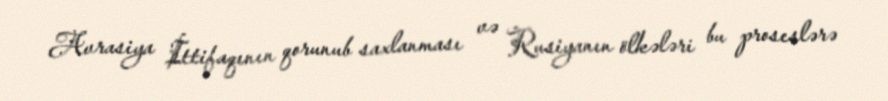
Avrasiya İttifaqının qorunub saxlanması və Rusiyanın ölkələri bu proseslərə